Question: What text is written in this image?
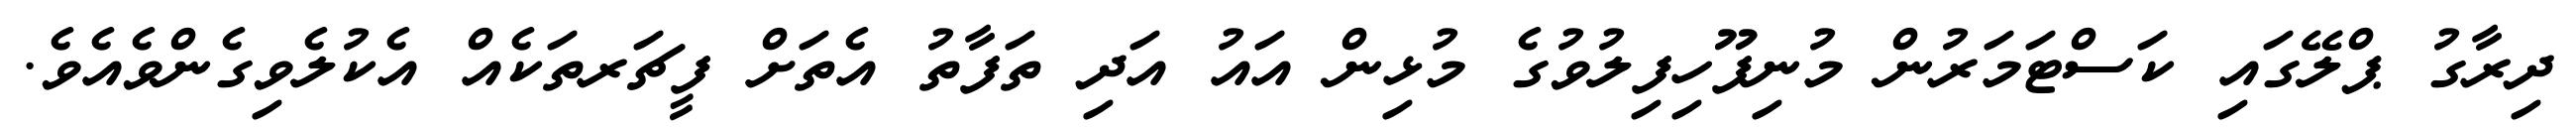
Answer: ދިރާގު ޕްލޭގައި ކަސްޓަމަރުން މުނިފޫހިފިލުވުގެ މުޅިން އައު އަދި ތަފާތު އެތަށް ފީޗަރތަކެއް އެކުލެވިގެންވެއެވެ.